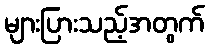
များပြားသည့်အတွက်